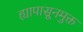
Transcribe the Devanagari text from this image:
ह्यापासूनमुक्त